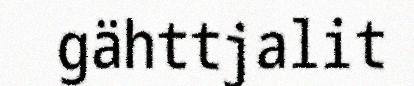
gähttjalit